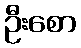
ဦးစော